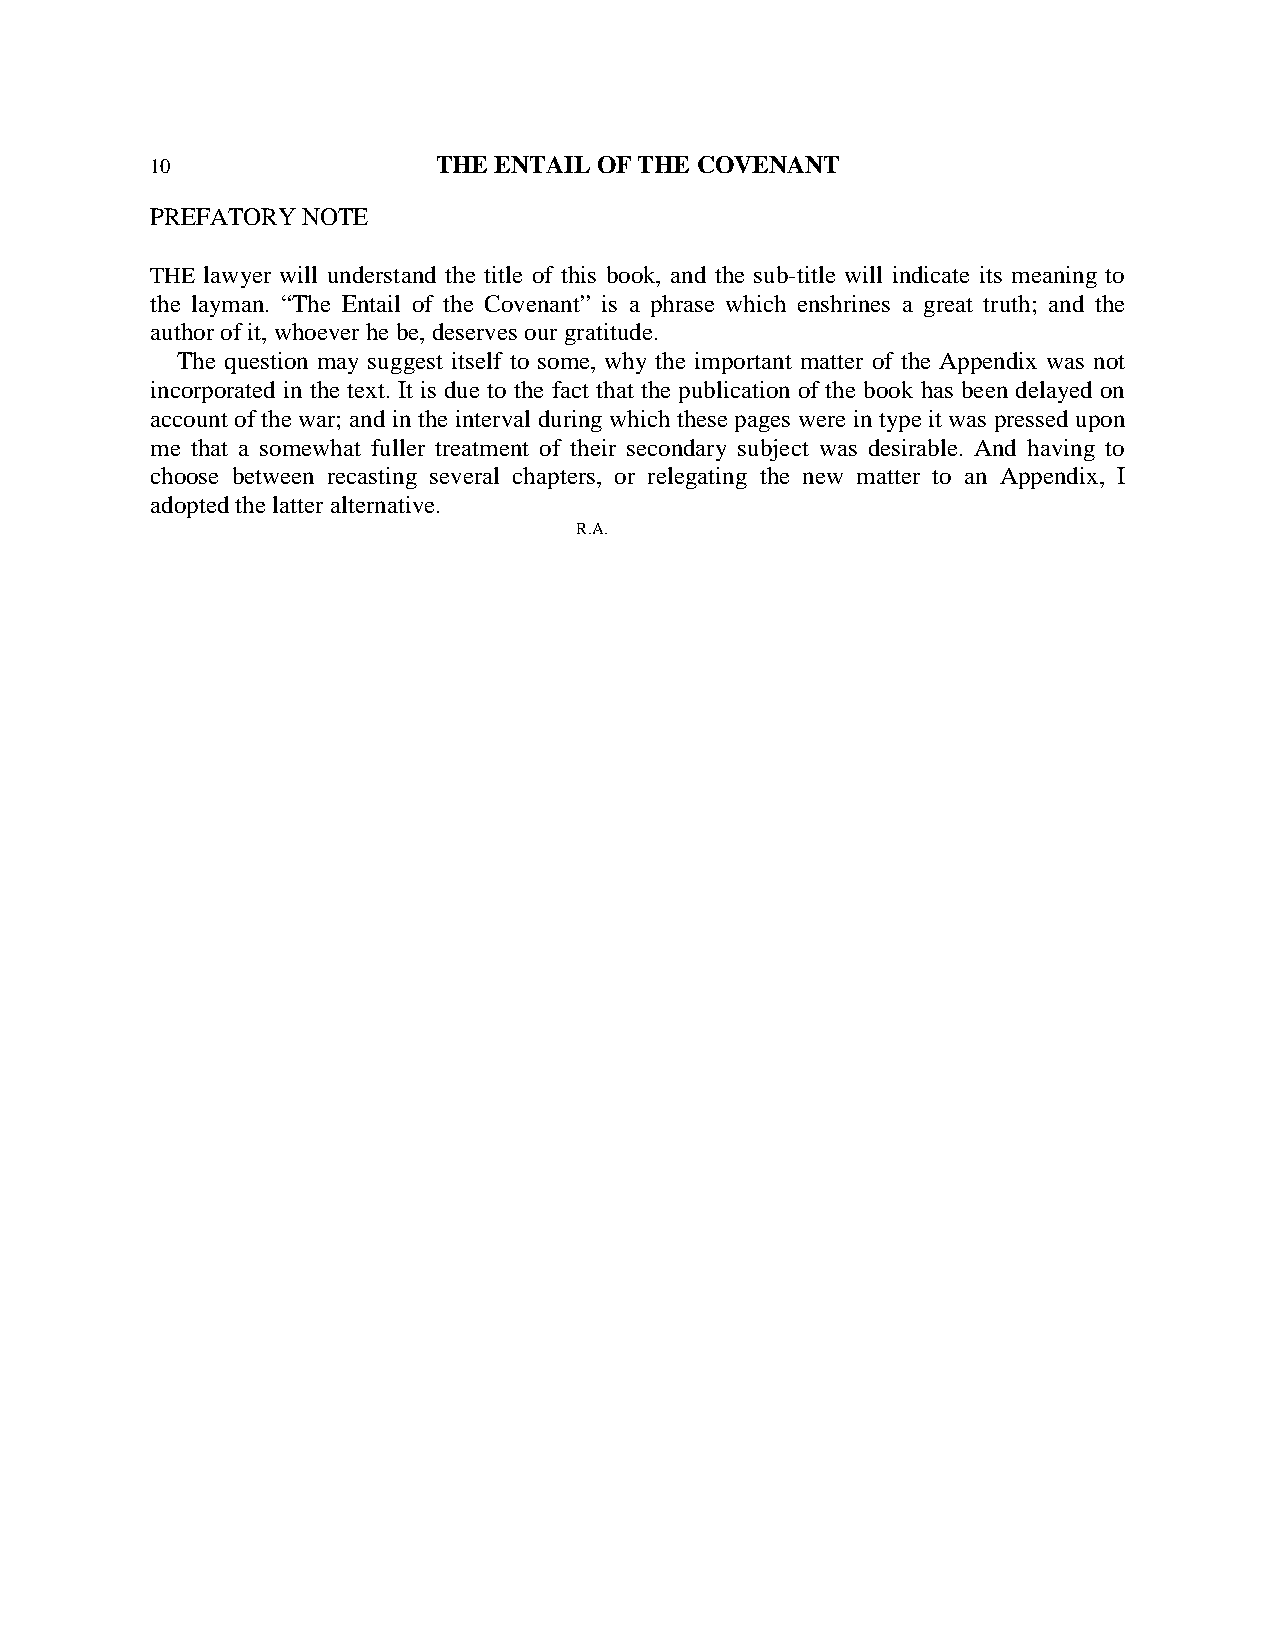
10                 THE ENTAIL OF THE COVENANT
 PREFATORY NOTE
 THE lawyer will understand the title of this book, and the sub-title will indicate its meaning to
 the layman. “The Entail of the Covenant” is a phrase which enshrines a great truth; and the
 author of it, whoever he be, deserves our gratitude.
 The question may suggest itself to some, why the important matter of the Appendix was not
 incorporated in the text. It is due to the fact that the publication of the book has been delayed on
 account of the war; and in the interval during which these pages were in type it was pressed upon
 me that a somewhat fuller treatment of their secondary subject was desirable. And having to
 choose between recasting several chapters, or relegating the new matter to an Appendix, I
 adopted the latter alternative.
 R.A.